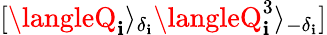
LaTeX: [\langleQ_{\mathbf{i}}\rangle_{\delta_{\mathbf{i}}}\langleQ_{\mathbf{i}}^{3}\rangle_{-\delta_{\mathbf{i}}}]